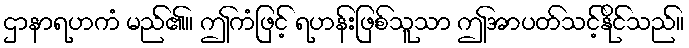
ဌာနာရဟကံ မည်၏။ ဤကံဖြင့် ရဟန်းဖြစ်သူသာ ဤအာပတ်သင့်နိုင်သည်။